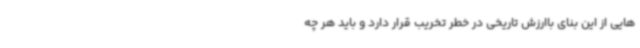
هایی از این بنای باارزش تاریخی در خطر تخریب قرار دارد و باید هر چه